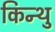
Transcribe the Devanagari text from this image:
किन्थु